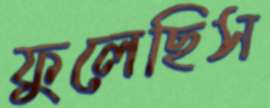
ফুলেছিস